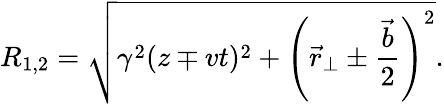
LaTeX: R_{1,2}=\sqrt{\gamma^{2}(z\mp vt)^{2}+\left(\vec{r}_{\perp}\pm{\frac{\vec{b}}{2}}\right)^{2}}.